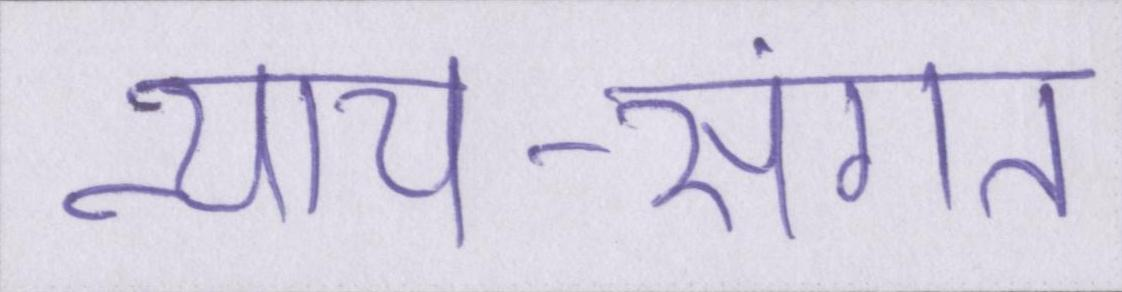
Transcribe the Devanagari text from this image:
न्याय-संगत